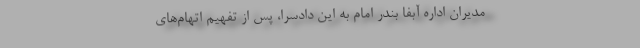
مدیران اداره آبفا بندر امام به این دادسرا، پس از تفهیم اتهام‌های